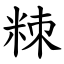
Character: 䊂